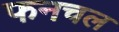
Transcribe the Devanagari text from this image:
फनचल